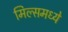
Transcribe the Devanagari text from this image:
मिल्समध्ये